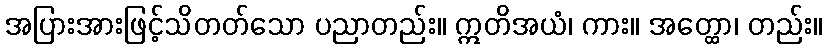
အပြားအားဖြင့်သိတတ်သော ပညာတည်း။ ဣတိအယံ၊ ကား။ အတ္ထော၊ တည်း။